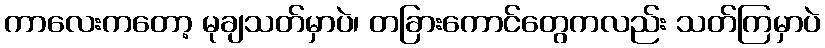
ကာလေးကတော့ မုချသတ်မှာပဲ၊ တခြားကောင်တွေကလည်း သတ်ကြမှာပဲ